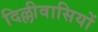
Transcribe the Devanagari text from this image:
दिल्लीवासियों